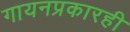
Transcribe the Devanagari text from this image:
गायनप्रकारही